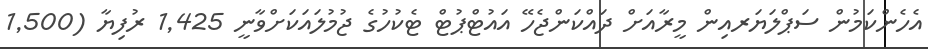
އެހެންކަމުން ސަޕްލަޔަރއިން މީރާއަށް ދައްކަންޖެހޭ އައުޓްޕުޓް ޓެކުހުގެ ޖުމުލައަކަށްވާނީ 1